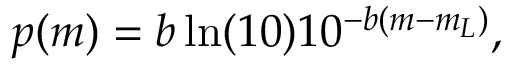
p ( m ) = b \ln ( 1 0 ) 1 0 ^ { - b ( m - m _ { L } ) } ,